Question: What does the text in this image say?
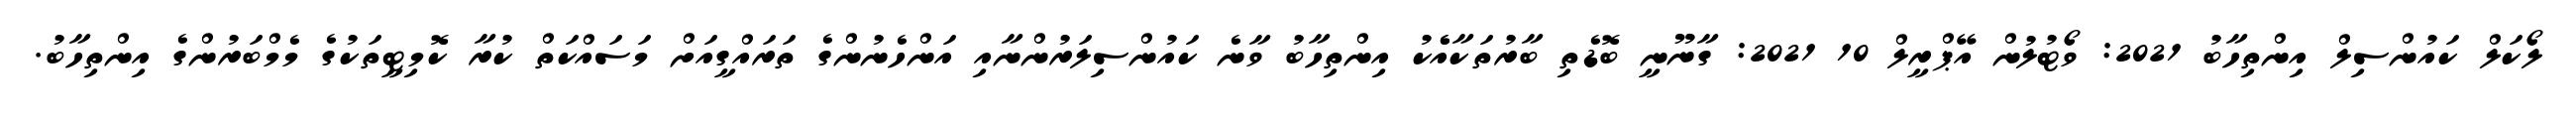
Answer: ލޯކަލް ކައުންސިލް އިންތިހާބު 2021: ވޯޓުލުން އޭޕްރީލް 10 2021: ގާނޫނީ ބޮޑެތި ބާރުތަކާއެެކު އިންތިހާބު ވާނެ ކައުންސިލަރުންނާއި އަންހެނުންގެ ތަރައްގީއަށް މަސައްކަތް ކުރާ ކޮމިޓީތަކުގެ މެމްބަރުންގެ އިންތިހާބު.